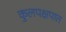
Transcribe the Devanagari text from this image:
कुलपक्षपात